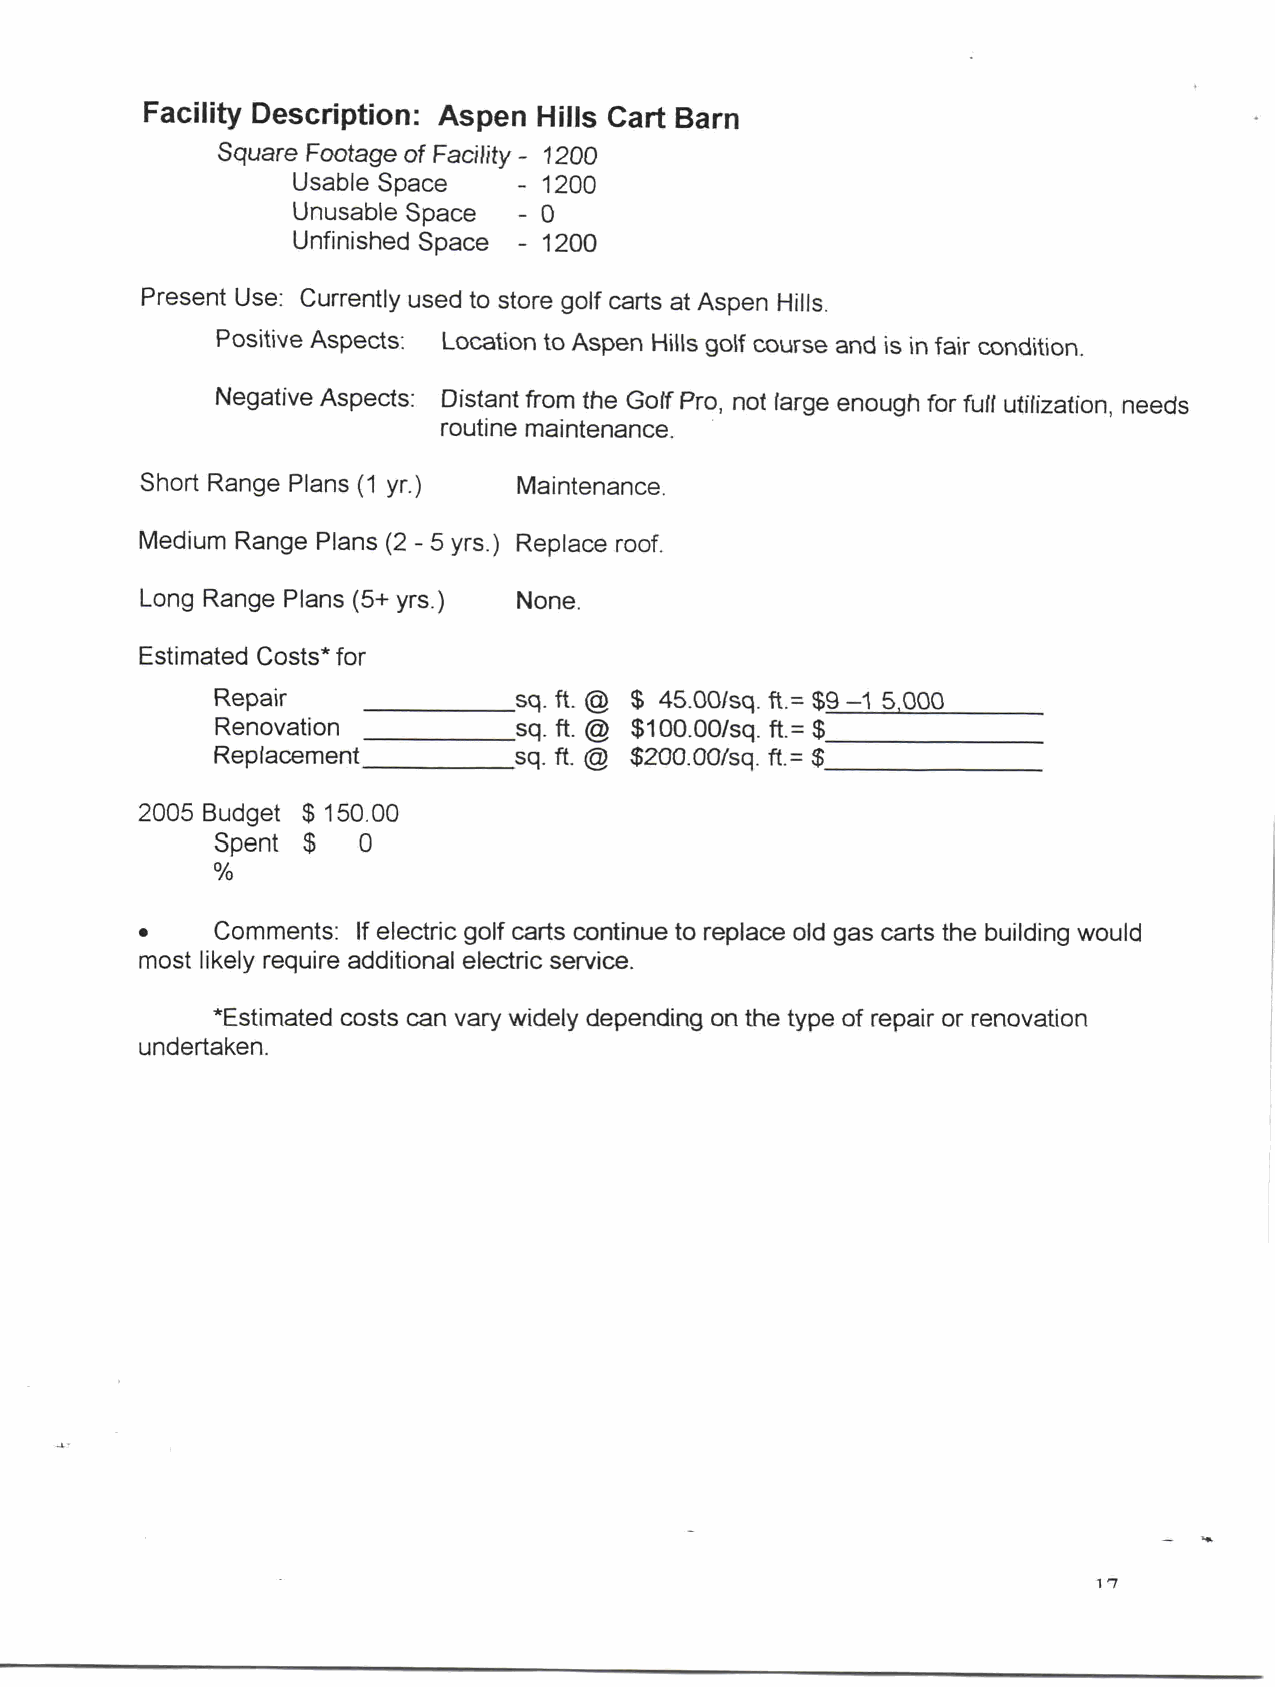
Facility Description Aspen Hills Cart Barn
 Square Footage of Facility 1200
 Usable Space     1200
 Unusable Space   0
 Unfinished Space 1200
 Present Use Currently used to store golf carts at Aspen Hills
 Positive Aspects Location to Aspen Hills golf course and is in fair condition
 Negative Aspects Distant from the GoffPro not large enough for full utilization needs
 routine maintenance
 Short Range Plans 1 yr   Maintenance
 Medium Range Plans 2 5 yrs Replace roof
 Long Range Plans 5 yrs   None
 Estimated Costs for
 Repair              sq ft @   4050sq ft 9 1 5000
 Renovation          sq ft @ 10000sq  ft
 Replacement         sq ft @ 20000sq  ft
 2005 Budget 10500
 Spent     0
 Comments  If electric golf carts continue to replace old gas carts the building would
 most likely require additional electric service
 Estimated costs can vary widely depending on the type of repair or renovation
 undertaken
 17